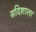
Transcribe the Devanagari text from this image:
सदिशाला